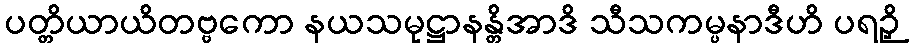
ပတ္တိယာယိတဗ္ဗကော နယသမုဋ္ဌာနန္တိအာဒိ သီသကမ္ပနာဒီဟိ ပရဉှိ